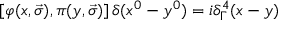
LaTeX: \left[ \varphi ( x , \vec { \sigma } ) , \pi ( y , \vec { \sigma } ) \right] \delta ( x ^ { 0 } - y ^ { 0 } ) = i { \delta } _ { \Gamma } ^ { 4 } ( x - y )